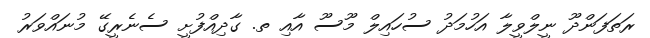
ރަތަފަންދޫ ނީލްވީލާ އަހުމަދު ސުހައިލް މޫސޫ އާއި ތ. ގާދިއްފުށީ ސެނެރީގޭ މުނައްވަރު